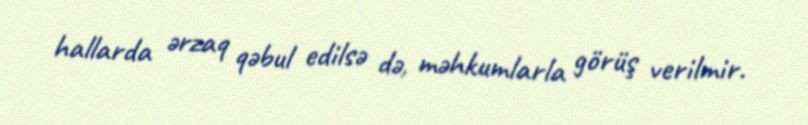
hallarda ərzaq qəbul edilsə də, məhkumlarla görüş verilmir.